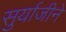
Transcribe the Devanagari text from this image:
सुर्याजीने